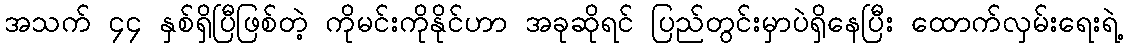
အသက် ၄၄ နှစ်ရှိပြီဖြစ်တဲ့ ကိုမင်းကိုနိုင်ဟာ အခုဆိုရင် ပြည်တွင်းမှာပဲရှိနေပြီး ထောက်လှမ်းရေးရဲ့